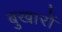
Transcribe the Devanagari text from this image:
बुखारों